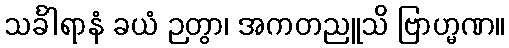
သင်္ခါရာနံ ခယံ ဉတွာ၊ အကတညူသိ ဗြာဟ္မဏ။